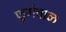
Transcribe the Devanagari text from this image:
फुगेचाळ